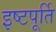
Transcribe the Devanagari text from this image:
इष्टपूर्ति